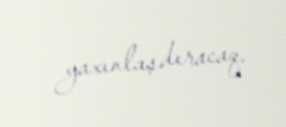
yaxınlaşdıracaq.